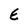
Character: E